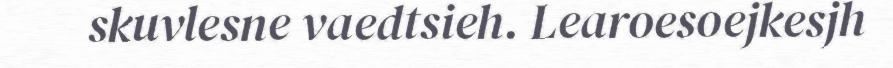
skuvlesne vaedtsieh. Learoesoejkesjh